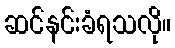
ဆင်နင်းခံရသလို။